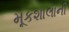
મૂકશાલાની